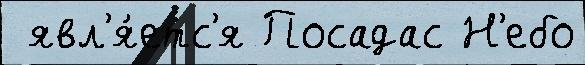
 явл'я́етс'я Посадас Н'ебо